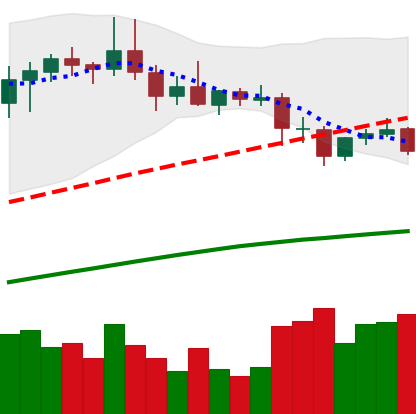
Ticker: DOGE-USD
Chart end date: 2020-08-31
Forward return: -14.374%
Label: down_7plus